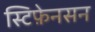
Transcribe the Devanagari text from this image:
स्टिफ़ेनसन